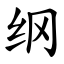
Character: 纲